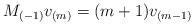
LaTeX: \begin{align*}M_{(-1)}v_{(m)}=(m+1)v_{(m-1)} \end{align*}